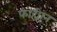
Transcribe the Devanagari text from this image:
फाहीान